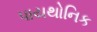
પાયથોનિક